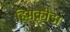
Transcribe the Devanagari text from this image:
हिमक्रीडा